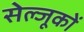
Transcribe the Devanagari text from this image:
सेल्जूकों